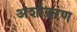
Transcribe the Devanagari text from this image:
अंशोद्धरण